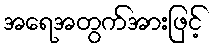
အရေအတွက်အားဖြင့်